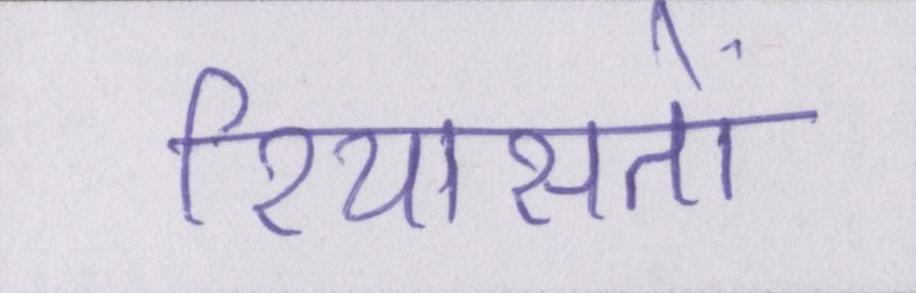
रियासतों